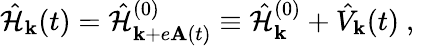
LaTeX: \hat{\mathcal{H}}_{\mathbf{k}}(t)=\hat{\mathcal{H}}_{\mathbf{k}+e\mathbf{A}(t)}^{(0)}\equiv\hat{\mathcal{H}}_{\mathbf{k}}^{(0)}+\hat{V}_{\mathbf{k}}(t)\mathrm{~,~}